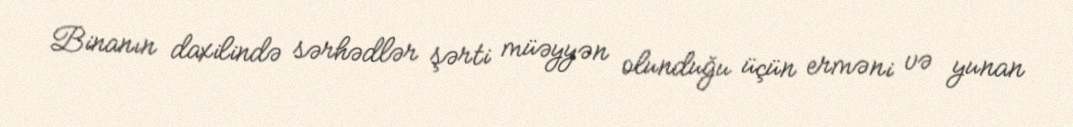
Binanın daxilində sərhədlər şərti müəyyən olunduğu üçün erməni və yunan